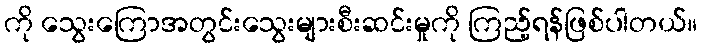
ကို သွေးကြောအတွင်းသွေးများစီးဆင်းမှုကို ကြည့်ရန်ဖြစ်ပါတယ်။